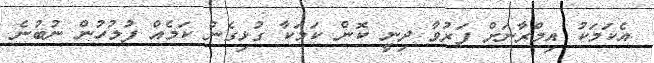
އެކަމަކު އިމްރާނަށް ފަރުވާ ދިނީ ކޮން ކަމަކާ ގުޅިގެން ކަމެއް ފުލުހުން ނުބުނެ